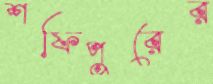
শফিপুরের